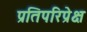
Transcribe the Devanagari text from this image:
प्रतिपरिप्रेक्ष